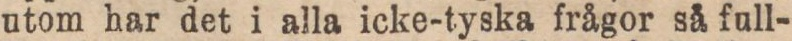
utom har det i alla icke-tyska frågor så full-